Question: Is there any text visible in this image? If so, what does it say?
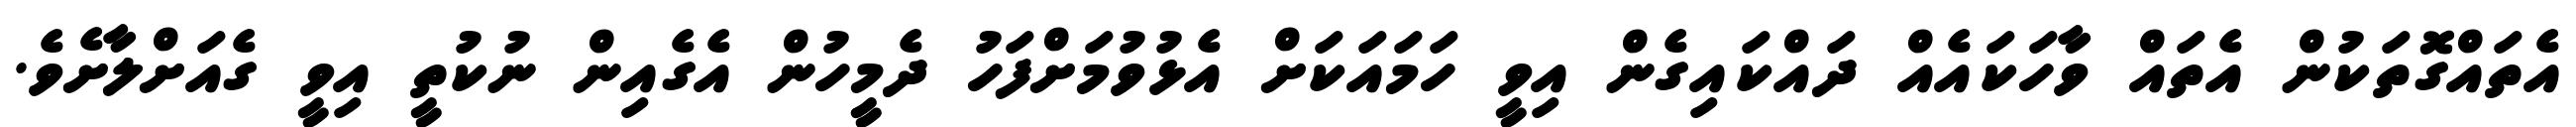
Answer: އެތައްގޮތަކުން އެތައް ވާހަކައެއް ދައްކައިގެން އިވީ ހަމައަކަށް އެޅުވުމަށްފަހު ދެމީހުން އެގެއިން ނުކުތީ އިވީ ގެއަށްލާށެވެ.